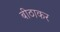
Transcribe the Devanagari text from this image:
बीठाकर